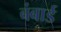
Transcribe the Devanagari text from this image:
बंबार्ड